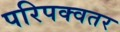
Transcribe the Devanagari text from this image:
परिपक्वतर